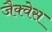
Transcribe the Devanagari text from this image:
जैक्वेस